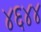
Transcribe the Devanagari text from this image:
४६४४